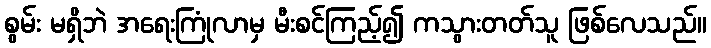
စွမ်း မရှိဘဲ အရေးကြုံလာမှ မီးစင်ကြည့်၍ ကသွားတတ်သူ ဖြစ်လေသည်။